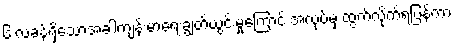
၆ လခန့်ရှိသောအခါကျန်းမာရေးချွတ်ယွင်းမှုကြောင့် အလုပ်မှ ထွက်လိုက်ရပြန်ကာ